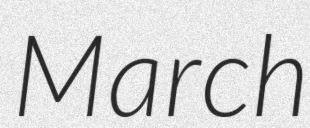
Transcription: March